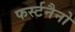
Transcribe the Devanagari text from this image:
फर्स्टनैनो